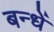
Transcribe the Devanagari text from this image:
बन्धें